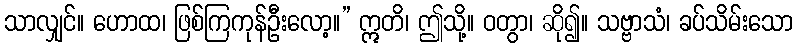
သာလျှင်။ ဟောထ၊ ဖြစ်ကြကုန်ဦးလော့။” ဣတိ၊ ဤသို့။ ဝတွာ၊ ဆို၍။ သဗ္ဗာသံ၊ ခပ်သိမ်းသော